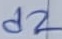
Text: d2